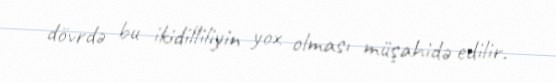
dövrdə bu ikidilliliyin yox olması müşahidə edilir.